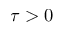
\tau > 0